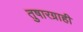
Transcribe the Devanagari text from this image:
तुषारग्राही